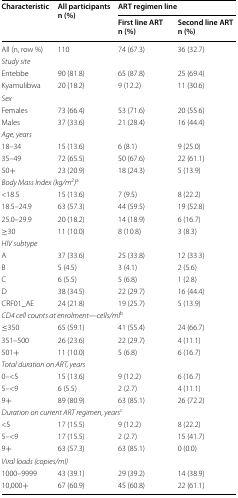
<table><thead><tr><td rowspan="2"><b>Characteristic</b></td><td rowspan="2"><b>All participants n (%)</b></td><td colspan="2"><b>ART regimen line</b></td></tr><tr><td><b>First line ART n (%)</b></td><td><b>Second line ART n (%)</b></td></tr></thead><tbody><tr><td>All (n, row %) </td><td>110</td><td>74 (67.3)</td><td>36 (32.7)</td></tr><tr><td colspan="4"><i>Study site</i></td></tr><tr><td>Entebbe</td><td>90 (81.8)</td><td>65 (87.8)</td><td>25 (69.4)</td></tr><tr><td>Kyamulibwa</td><td>20 (18.2)</td><td>9 (12.2)</td><td>11 (30.6)</td></tr><tr><td colspan="4"><i>Sex</i></td></tr><tr><td>Females</td><td>73 (66.4)</td><td>53 (71.6)</td><td>20 (55.6)</td></tr><tr><td>Males</td><td>37 (33.6)</td><td>21 (28.4)</td><td>16 (44.4)</td></tr><tr><td colspan="4"><i>Age, years</i></td></tr><tr><td>18–34</td><td>15 (13.6)</td><td>6 (8.1)</td><td>9 (25.0)</td></tr><tr><td>35–49</td><td>72 (65.5)</td><td>50 (67.6)</td><td>22 (61.1)</td></tr><tr><td>50+</td><td>23 (20.9)</td><td>18 (24.3)</td><td>5 (13.9)</td></tr><tr><td colspan="4"><i>Body Mass Index (kg/m</i><sup><i>2</i></sup><i>)</i><sup>a</sup></td></tr><tr><td>&lt;18.5</td><td>15 (13.6)</td><td>7 (9.5)</td><td>8 (22.2)</td></tr><tr><td>18.5–24.9</td><td>63 (57.3)</td><td>44 (59.5)</td><td>19 (52.8)</td></tr><tr><td>25.0–29.9</td><td>20 (18.2)</td><td>14 (18.9)</td><td>6 (16.7)</td></tr><tr><td>≥30</td><td>11 (10.0)</td><td>8 (10.8)</td><td>3 (8.3)</td></tr><tr><td colspan="4"><i>HIV subtype</i></td></tr><tr><td>A</td><td>37 (33.6)</td><td>25 (33.8)</td><td>12 (33.3)</td></tr><tr><td>B</td><td>5 (4.5)</td><td>3 (4.1)</td><td>2 (5.6)</td></tr><tr><td>C</td><td>6 (5.5)</td><td>5 (6.8)</td><td>1 (2.8)</td></tr><tr><td>D</td><td>38 (34.5)</td><td>22 (29.7)</td><td>16 (44.4)</td></tr><tr><td>CRF01_AE</td><td>24 (21.8)</td><td>19 (25.7)</td><td>5 (13.9)</td></tr><tr><td colspan="4"><i>CD4 cell counts at enrolment</i>—<i>cells/ml</i><sup>b</sup></td></tr><tr><td>≤350</td><td>65 (59.1)</td><td>41 (55.4)</td><td>24 (66.7)</td></tr><tr><td>351–500</td><td>26 (23.6)</td><td>22 (29.7)</td><td>4 (11.1)</td></tr><tr><td>501+</td><td>11 (10.0)</td><td>5 (6.8)</td><td>6 (16.7)</td></tr><tr><td colspan="4"><i>Total duration on ART, years</i></td></tr><tr><td>0–&lt;5</td><td>15 (13.6)</td><td>9 (12.2)</td><td>6 (16.7)</td></tr><tr><td>5–&lt;9</td><td>6 (5.5)</td><td>2 (2.7)</td><td>4 (11.1)</td></tr><tr><td>9+</td><td>89 (80.9)</td><td>63 (85.1)</td><td>26 (72.2)</td></tr><tr><td colspan="4"><i>Duration on current ART regimen, years</i><sup>c</sup></td></tr><tr><td>&lt;5</td><td>17 (15.5)</td><td>9 (12.2)</td><td>8 (22.2)</td></tr><tr><td>5–&lt;9</td><td>17 (15.5)</td><td>2 (2.7)</td><td>15 (41.7)</td></tr><tr><td>9+</td><td>63 (57.3)</td><td>63 (85.1)</td><td>0 (0.0)</td></tr><tr><td colspan="4"><i>Viral loads (copies/ml)</i></td></tr><tr><td>1000–9999</td><td>43 (39.1)</td><td>29 (39.2)</td><td>14 (38.9)</td></tr><tr><td>10,000+</td><td>67 (60.9)</td><td>45 (60.8)</td><td>22 (61.1)</td></tr></tbody></table>